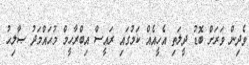
ވެދިން ވަރަށް ބޮޑު ދީލަތި އެހީއެއް ކަމުގައި ރައީސް އިބްރާހީމް މުޙައްމަދު ޞާލިޙު